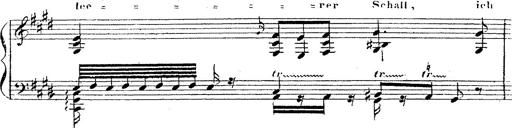
Title: 12 Lieder von Franz Schubert
Composer: Franz Liszt